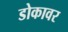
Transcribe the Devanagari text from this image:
डोकावर